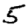
Digit: 5